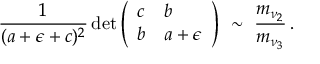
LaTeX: \frac { 1 } { ( a + \epsilon + c ) ^ { 2 } } \operatorname * { d e t } \left( \begin{array} { l l } { { c } } & { { b } } \\ { { b } } & { { a + \epsilon } } \end{array} \right) \ \sim \ \frac { m _ { \nu _ { 2 } } } { m _ { \nu _ { 3 } } } \, .